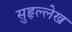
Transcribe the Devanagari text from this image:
सुहृल्लेख